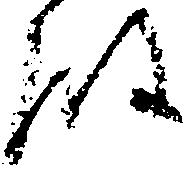
殿